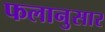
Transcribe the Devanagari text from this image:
फलानुसार